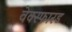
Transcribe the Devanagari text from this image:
वेक्स्फारड